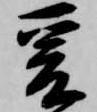
爰